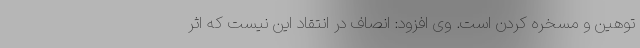
توهین و مسخره کردن است. وی افزود: انصاف در انتقاد این نیست که اثر